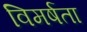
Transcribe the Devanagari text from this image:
विमर्षता